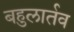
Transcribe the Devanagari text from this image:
बहुलार्तव